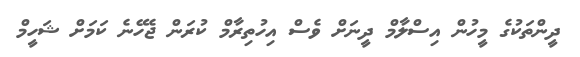
ދީންތަކުގެ މީހުން އިސްލާމް ދީނަށް ވެސް އިހުތިރާމް ކުރަން ޖެހޭނެ ކަމަށް ޝަހީމް